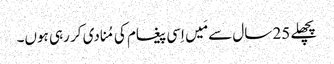
‏ پچھلے 25 سال سے مَیں اِسی پیغام کی مُنادی کر رہی ہوں۔